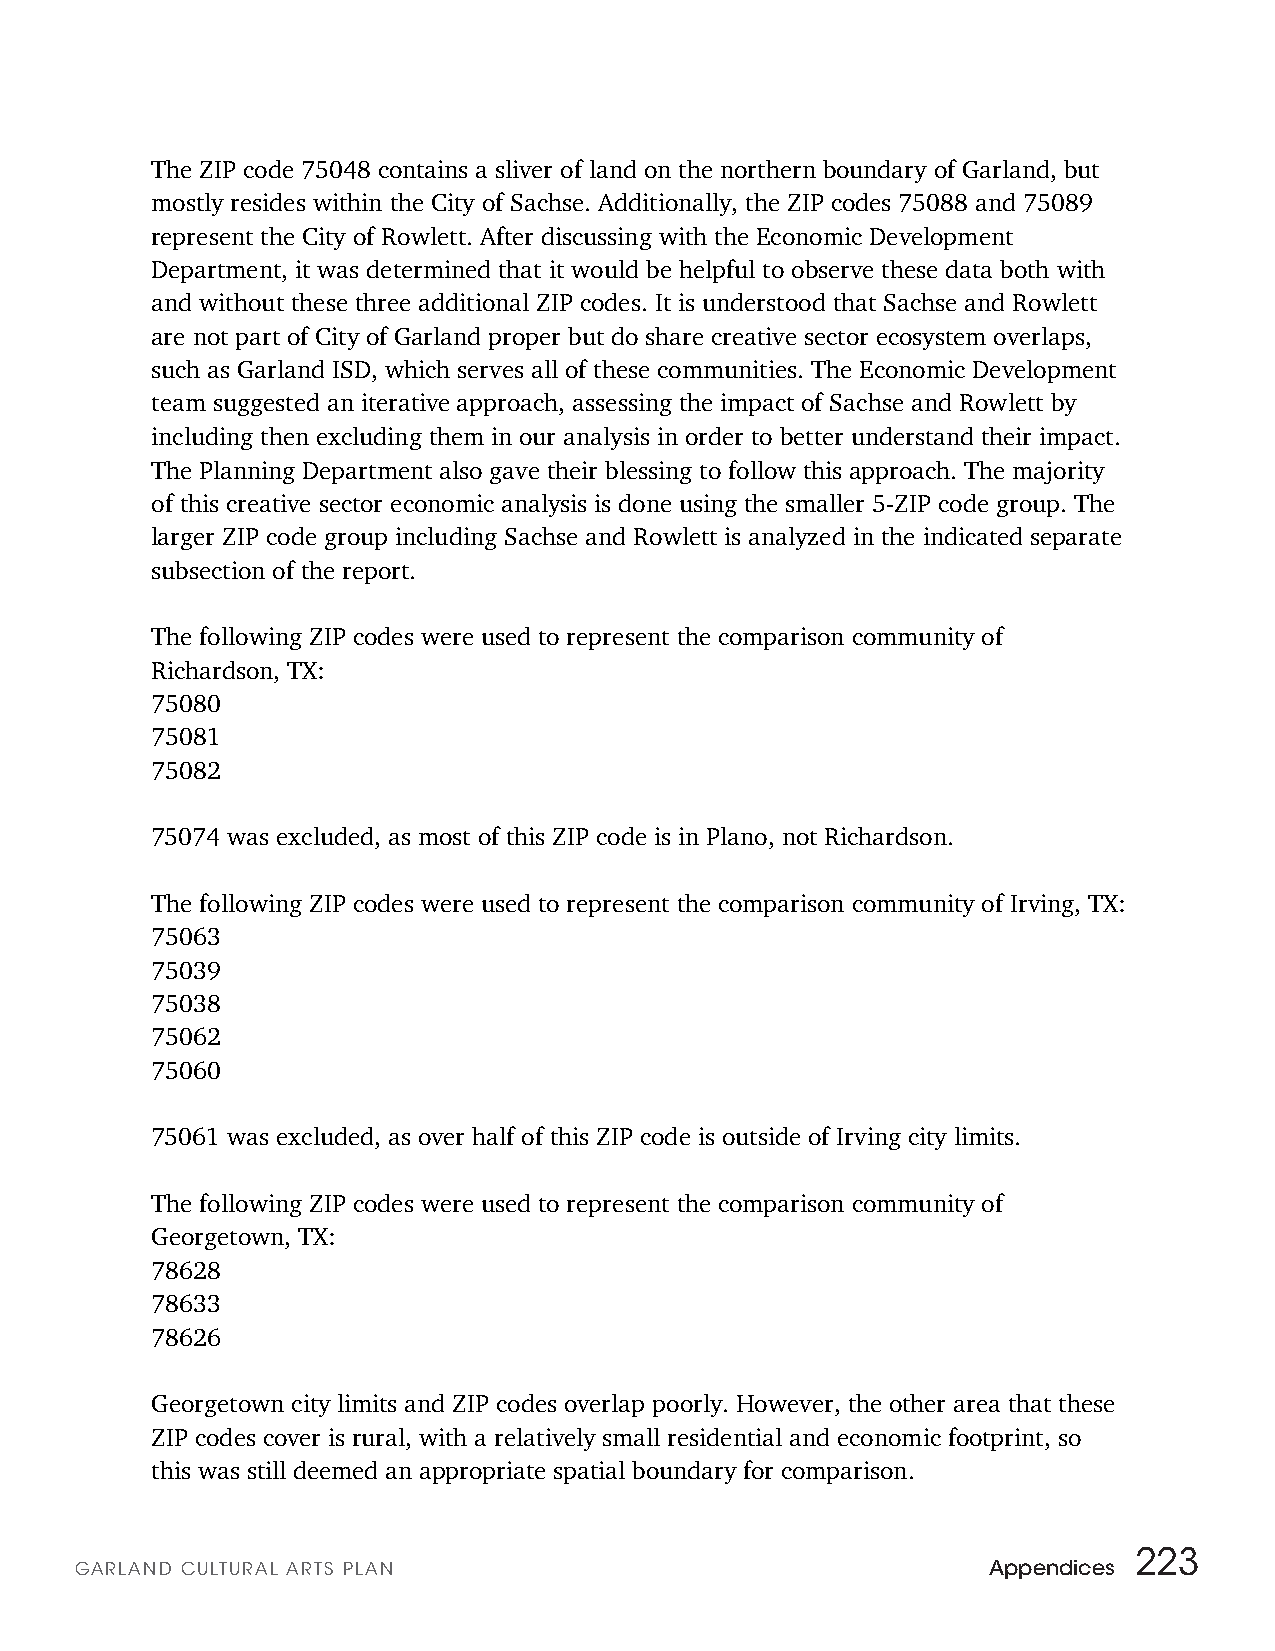
The ZIP code 75048 contains a sliver of land on the northern boundary of Garland, but
 mostly resides within the City of Sachse. Additionally, the ZIP codes 75088 and 75089
 represent the City of Rowlett. After discussing with the Economic Development
 Department, it was determined that it would be helpful to observe these data both with
 and without these three additional ZIP codes. It is understood that Sachse and Rowlett
 are not part of City of Garland proper but do share creative sector ecosystem overlaps,
 such as Garland ISD, which serves all of these communities. The Economic Development
 team suggested an iterative approach, assessing the impact of Sachse and Rowlett by
 including then excluding them in our analysis in order to better understand their impact.
 The Planning Department also gave their blessing to follow this approach. The majority
 of this creative sector economic analysis is done using the smaller 5-ZIP code group. The
 larger ZIP code group including Sachse and Rowlett is analyzed in the indicated separate
 subsection of the report.
 The following ZIP codes were used to represent the comparison community of
 Richardson, TX:
 75080
 75081
 75082
 75074 was excluded, as most of this ZIP code is in Plano, not Richardson.
 The following ZIP codes were used to represent the comparison community of Irving, TX:
 75063
 75039
 75038
 75062
 75060
 75061 was excluded, as over half of this ZIP code is outside of Irving city limits.
 The following ZIP codes were used to represent the comparison community of
 Georgetown, TX:
 78628
 78633
 78626
 Georgetown city limits and ZIP codes overlap poorly. However, the other area that these
 ZIP codes cover is rural, with a relatively small residential and economic footprint, so
 this was still deemed an appropriate spatial boundary for comparison.
 223
 GARLAN D CULTURAL ARTS PLAN                                 Appendices